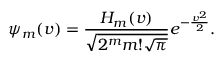
\psi _ { m } ( v ) = \frac { H _ { m } ( v ) } { \sqrt { 2 ^ { m } m ! \sqrt { \pi } } } e ^ { - \frac { v ^ { 2 } } { 2 } } .